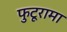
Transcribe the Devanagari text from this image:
फुटूरामा